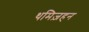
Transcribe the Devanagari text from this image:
थमिज़हन